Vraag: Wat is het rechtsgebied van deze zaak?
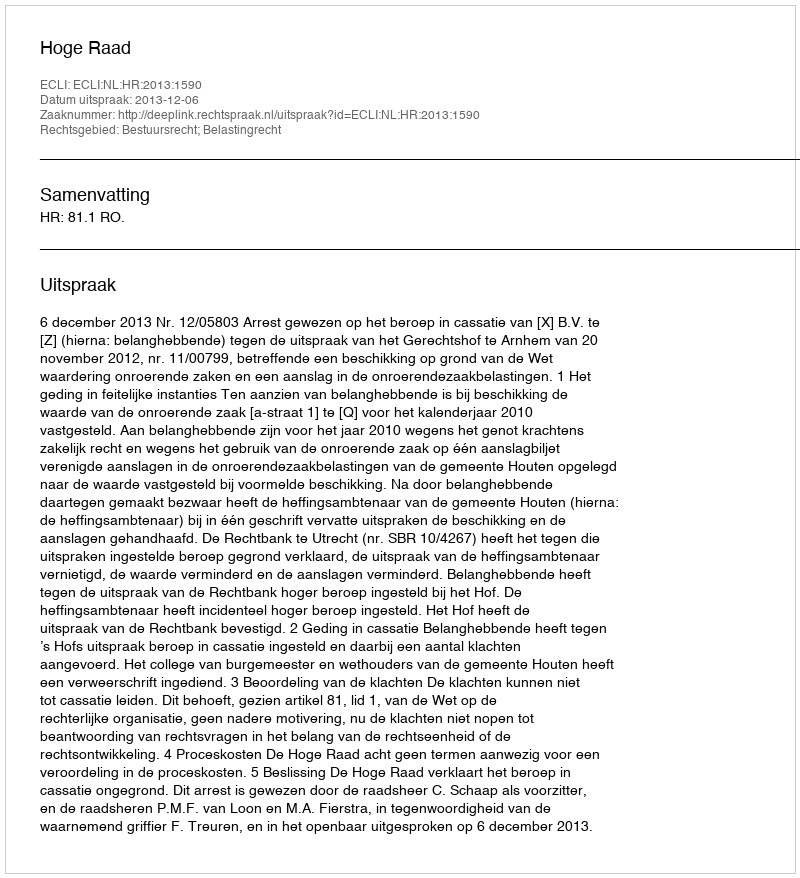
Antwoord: Bestuursrecht; Belastingrecht